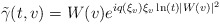
\begin{align*} \tilde{\gamma}(t,v)&=W(v)e^{iq(\xi_v)\xi_v\ln(t)|W(v)|^2}\end{align*}